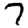
Digit: 7